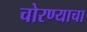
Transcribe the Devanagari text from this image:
चोरण्याचा